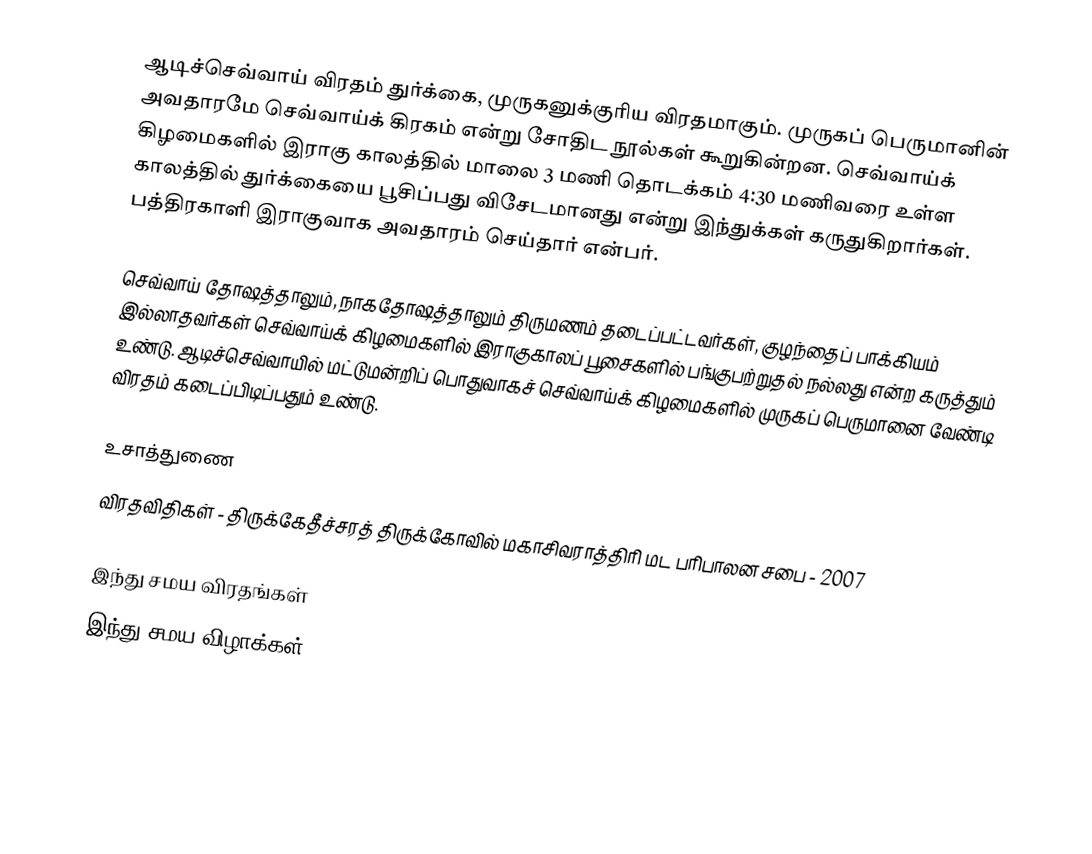
ஆடிச்செவ்வாய் விரதம் துர்க்கை, முருகனுக்குரிய விரதமாகும். முருகப் பெருமானின் அவதாரமே செவ்வாய்க் கிரகம் என்று சோதிட நூல்கள் கூறுகின்றன. செவ்வாய்க் கிழமைகளில் இராகு காலத்தில் மாலை 3 மணி தொடக்கம் 4:30 மணிவரை உள்ள காலத்தில் துர்க்கையை பூசிப்பது விசேடமானது என்று இந்துக்கள் கருதுகிறார்கள். பத்திரகாளி இராகுவாக அவதாரம் செய்தார் என்பர்.

செவ்வாய் தோஷத்தாலும், நாகதோஷத்தாலும் திருமணம் தடைப்பட்டவர்கள், குழந்தைப் பாக்கியம் இல்லாதவர்கள் செவ்வாய்க் கிழமைகளில் இராகுகாலப் பூசைகளில் பங்குபற்றுதல் நல்லது என்ற கருத்தும் உண்டு. ஆடிச்செவ்வாயில் மட்டுமன்றிப் பொதுவாகச் செவ்வாய்க் கிழமைகளில் முருகப் பெருமானை வேண்டி விரதம் கடைப்பிடிப்பதும் உண்டு.

உசாத்துணை
விரதவிதிகள் - திருக்கேதீச்சரத் திருக்கோவில் மகாசிவராத்திரி மட பரிபாலன சபை - 2007

இந்து சமய விரதங்கள்
இந்து சமய விழாக்கள்